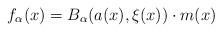
LaTeX: \begin{align*} f_{\alpha}(x)=B_{\alpha}(a(x), \xi(x))\cdot m(x)\end{align*}